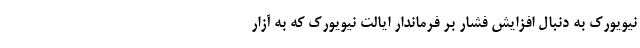
نیویورک به دنبال افزایش فشار بر فرماندار ایالت نیویورک که به آزار